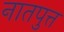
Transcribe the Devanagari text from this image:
नातपुत्त